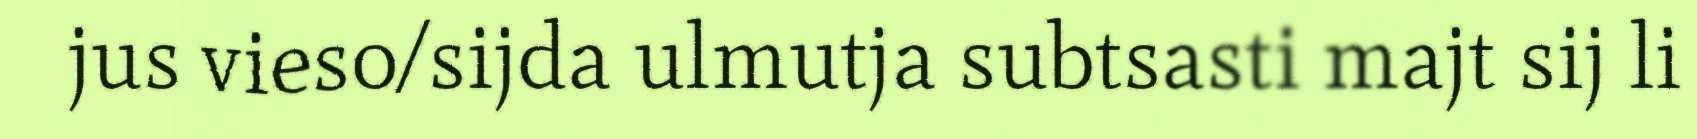
jus vieso/sijda ulmutja subtsasti majt sij li